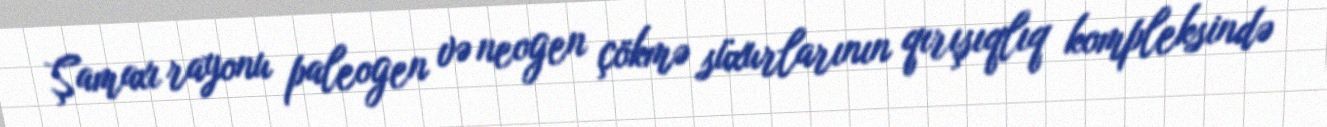
Şamaxı rayonu paleogen və neogen çökmə süxurlarının qırışıqlıq kompleksində